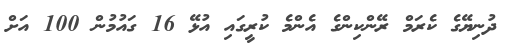
ދުނިޔޭގެ ކެރަމް ރޭންކިންގެ އެންމެ ކުރީގައި އުޅޭ 16 ގައުމުން 100 އަށް